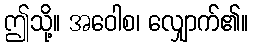
ဤသို့။ အဝေါစ၊ လျှောက်၏။